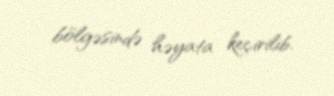
bölgəsində həyata keçirilib.